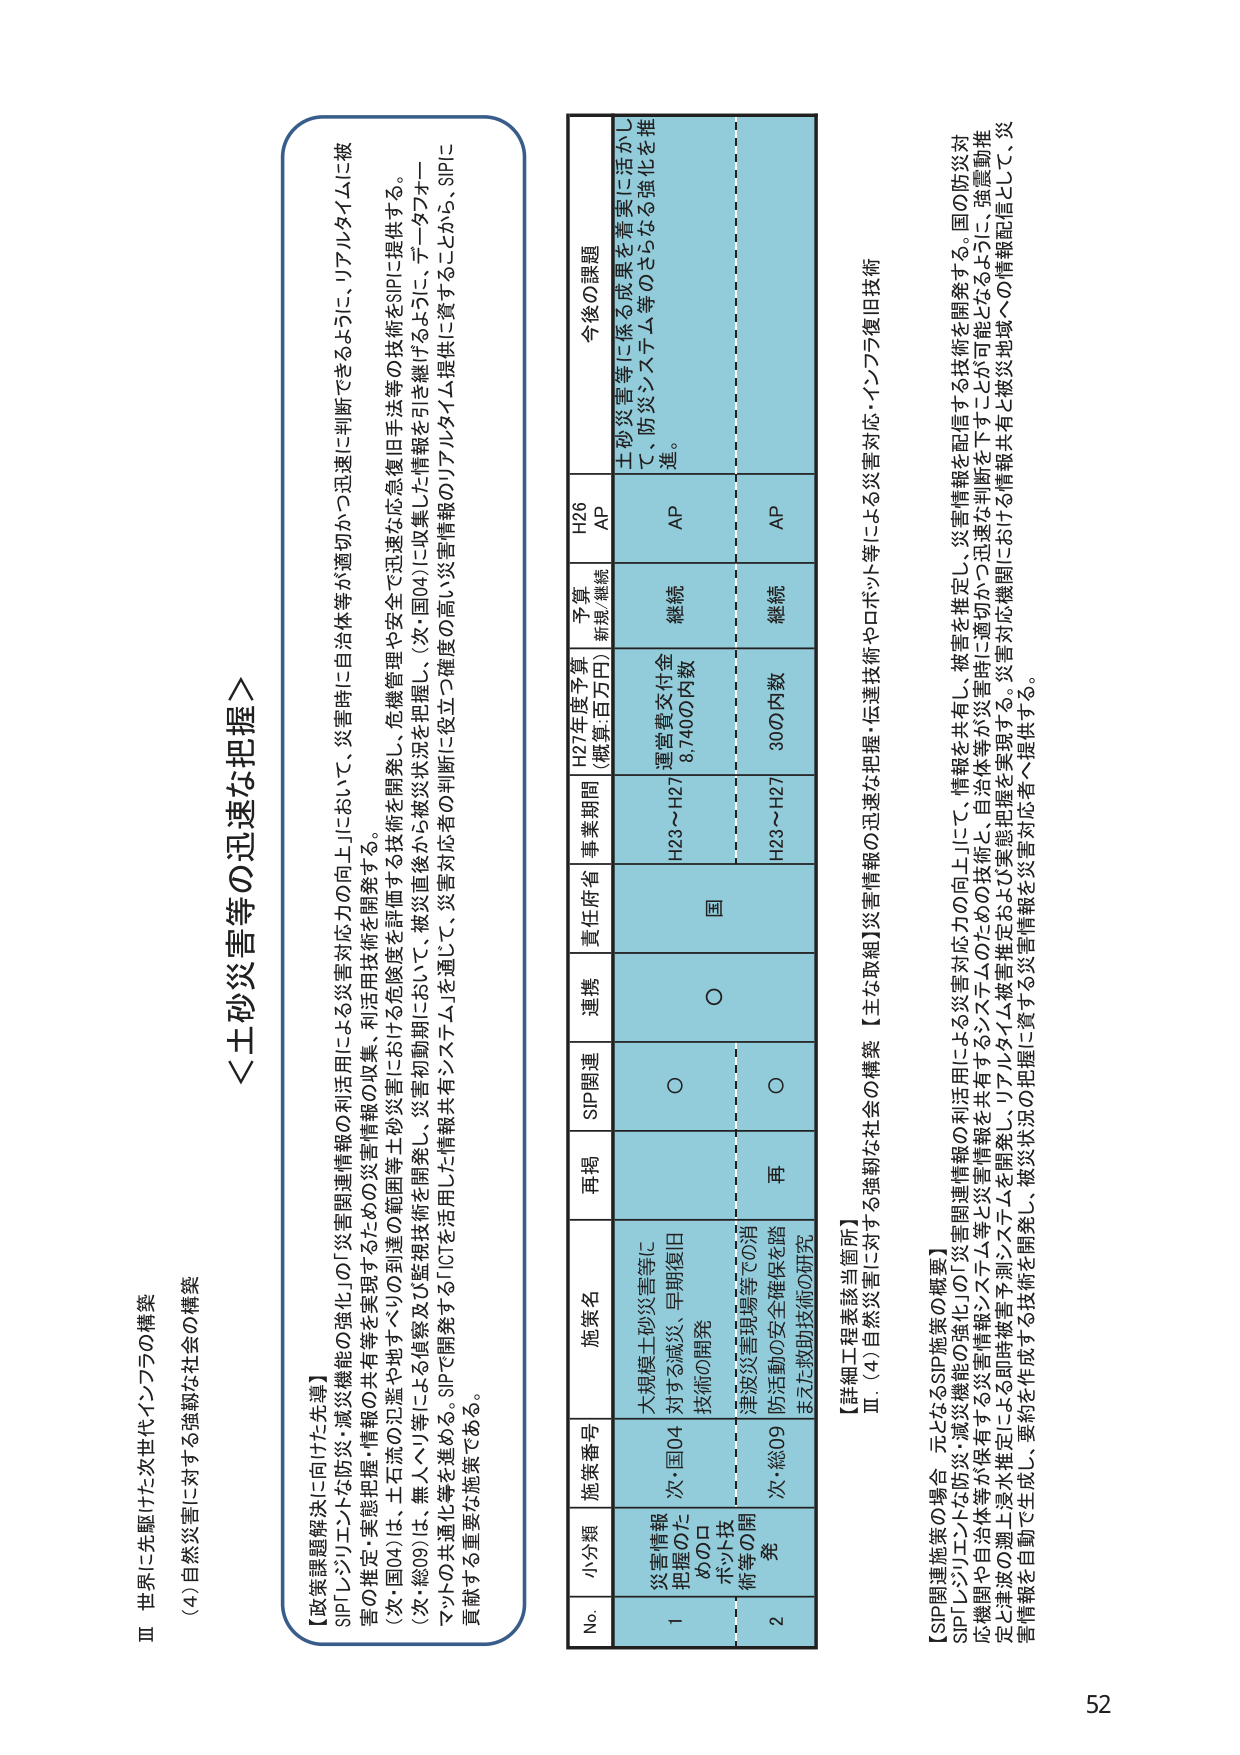
Ⅲ 世界に先駆けた次世代インフラの構築
(4) 自然災害に対する強靭な社会の構築

＜土砂災害等の迅速な把握＞

【政策課題解決に向けた先導】
SIP「レジリエントな防災・減災機能の強化」の「災害関連情報の収集・利活用技術の開発」を実現するための災害情報の収集、利活用技術を開発する。
（次・国04）は、実態把握・情報の共有等を実現するための到達の範囲等土砂災害における危険度を評価する技術を開発し、危機管理や安全で迅速な応急復旧手法等の技術をSIPに提供する。
（次・総09）は、無人ヘリ等による偵察及び監視技術を開発し、災害初期段階において、被災直後から被災状況を把握し、（次・国04）に収集した情報を引き継げるように、データフォーマットの共通化等を進める。SIPで開発するICTを活用した情報共有システムを通じて、災害対応者の判断に役立つ精度の高い災害情報のリアルタイム提供に資することから、SIPに貢献する重要な施策である。

No. 小分類 施策番号 施策名 再掲 SIP関連 連携 責任府省 事業期間 H27年度予算 （概算:百万円） 予算 新規/継続 H26 AP 今後の課題
1 災害情報把握のためのロボット技術等の開発 次・国04 大規模土砂災害等に対する減災、早期復旧技術の開発 ○ ○ 国 H23～H27 運営費交付金 8,740の内数 継続 AP 土砂災害等に係る成果を着実に活かして、防災システム等のさらなる強化を推進。
2 次・総09 津波災害現場等での消防活動の安全確保を踏まえた救助技術の研究 再 ○ ○ H23～H27 30の内数 継続 AP

【詳細工程表該当箇所】
Ⅲ. (4) 自然災害に対する強靭な社会の構築【主な取組】災害情報の迅速な把握・伝達技術やロボット等による災害対応・インフラ復旧技術

【SIP関連施策の場合、元となるSIP施策の概要】
SIP「レジリエントな防災・減災機能の強化」の「災害関連情報の利活用による災害対応力の向上」に、情報を共有し、被害を推定し、災害情報を配信する技術を開発する。国の防災対応機関や自治体等が保有するシステム等に災害情報を共有するシステムのための技術と、自治体等が災害時に適切かつ迅速な判断を下すことが可能となるように、強震動推定と津波の遡上浸水推定による即時被害予測システムを開発し、リアルタイム被害推定および実態把握を実現する。災害対応機関における情報共有と被災地域への情報配信として、災害情報を自動で生成し、要約を作成する技術を開発し、被災状況の把握に資する災害情報を災害対応者へ提供する。

52